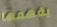
يفهمها